Lyperosia minuta, Bezzi - Number 59
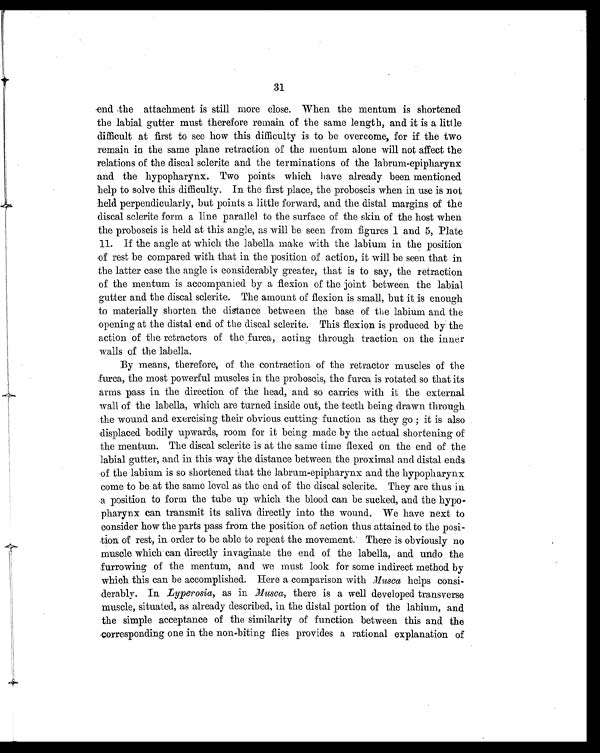
31
end the attachment is still more close. When the mentum is shortened
the labial gutter must therefore remain of the same length, and it is a little
difficult at first to see how this difficulty is to be overcome, for if the two
remain in the same plane retraction of the mentum alone will not affect the
relations of the discal sclerite and the terminations of the labrum-epipharynx
and the hypopharynx. Two points which have already been mentioned
help to solve this difficulty. In the first place, the proboscis when in use is not
held perpendicularly, but points a little forward, and the distal margins of the
discal sclerite form a line parallel to the surface of the skin of the host when
the proboscis is held at this angle, as will be seen from figures 1 and 5, Plate
11. If the angle at which the labella make with the labium in the position
of rest be compared with that in the position of action, it will be seen that in
the latter case the angle is considerably greater, that is to say, the retraction
of the mentum is accompanied by a flexion of the joint between the labial
gutter and the discal sclerite. The amount of flexion is small, but it is enough
to materially shorten the distance between the base of the labium and the
opening at the distal end of the discal sclerite. This flexion is produced by the
action of the retractors of the furca, acting through traction on the inner
walls of the lab ella.
By means, therefore, of the contraction of the retractor muscles of the
furca, the most powerful muscles in the proboscis, the furca is rotated so that its
arms pass in the direction of the head, and so carries with it the external
wall of the labella, which are turned inside out, the teeth being drawn through
the wound and exercising their obvious cutting function as they go ; it is also
displaced bodily upwards, room for it being made by the actual shortening of
the mentum. The discal sclerite is at the same time flexed on the end of the
labial gutter, and in this way the distance between the proximal and distal ends
of the labium is so shortened that the labrum-epipharynx and the hypopharynx
come to be at the same level as the end of the discal sclerite. They are thus in
a position to form the tube up which the blood can be sucked, and the hypo-
pharynx can transmit its saliva directly into the wound. We have next to
consider how the parts pass from the position of action thus attained to the posi
-tion. of rest, in order to be able to repeat the movement. There is obviously no
muscle which can directly invaginate the end of the labella, and undo the
furrowing of the mentum, and we must look for some indirect method by
which this can be accomplished. Here a comparison with Musca helps consi-
derably. In Lyperosia, as in Musca , there is a well developed transverse
muscle, situated, as already described, in the distal portion of the labium, and
the simple acceptance of the similarity of function between this and the
corresponding one in the non-biting flies provides a rational explanation of